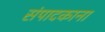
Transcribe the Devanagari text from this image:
संपादकाना